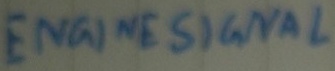
Text: ENGINE SIGNAL